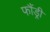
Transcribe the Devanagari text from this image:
फौंड्री